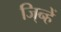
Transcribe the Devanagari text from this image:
जि्न्हें